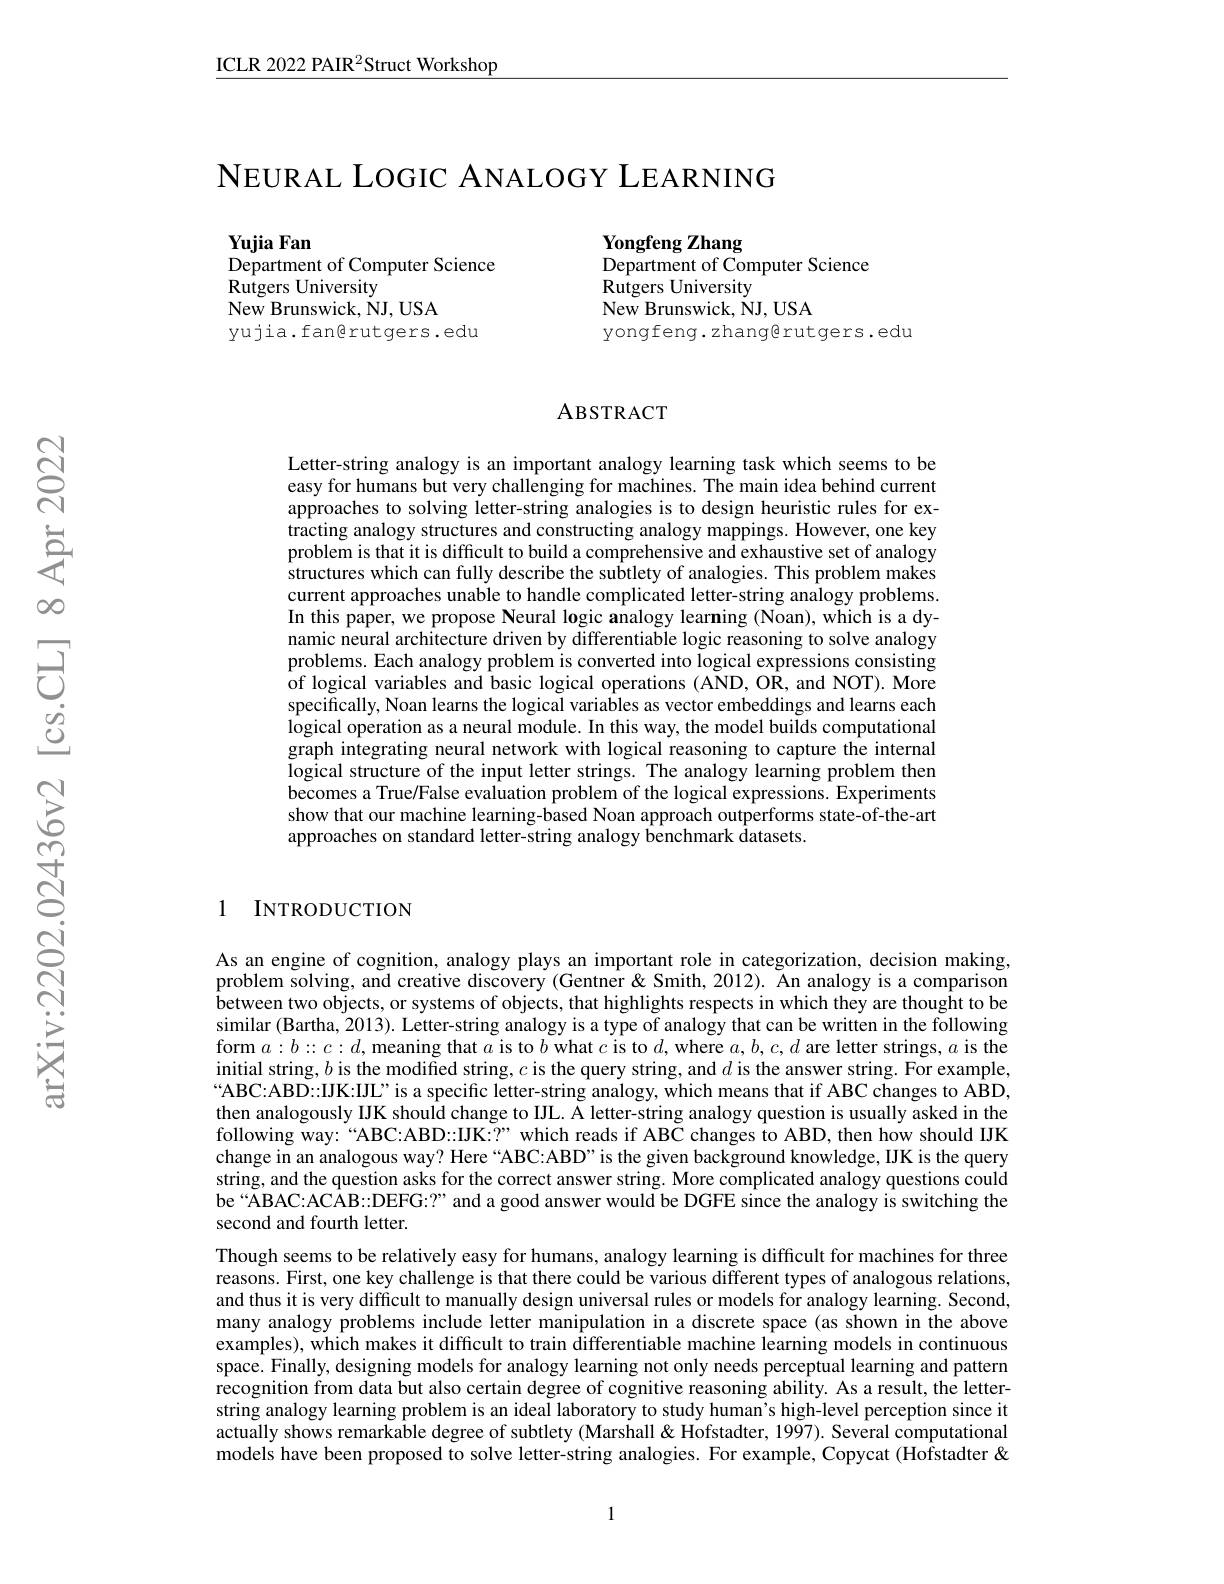
ICLR 2022 PAIR$^{2}$Struct Workshop

$\mathsf{N}$EURAL LOGIC ANALOGY LEARNING

Yujia Fan
Department of Computer Science

Yongfeng Zhang
Department of Computer Science
Rutgers University
New Brunswick, NJ, USA
yongfeng. zhangerutgers .edu

Rutgers University
New Brunswick, NJ, USA
yujia.fangrutgers.edu

# ABSTRACT

Letter-string analogy is an important analogy learning task which seems to be easy for humans but very challenging for machines. The main idea behind current approaches to solving letter-string analogies is to design heuristic rules for extracting analogy structures and constructing analogy mappings. However, one key problem is that it is difficult to build a comprehensive and exhaustive set of analogy structures which can fully describe the subtlety of analogies. This problem makes current approaches unable to handle complicated letter-string analogy problems. In this paper, we propose Neural logic analogy learning (Noan), which is a dynamic neural architecture driven by differentiable logic reasoning to solve analogy problems. Each analogy problem is converted into logical expressions consisting of logical variables and basic logical operations (AND, OR, and NOT). More specifically, Noan learns the logical variables as vector embeddings and learns each logical operation as a neural module. In this way, the model builds computational graph integrating neural network with logical reasoning to capture the internal logical structure of the input letter strings. The analogy learning problem then becomes a True/False evaluation problem of the logical expressions. Experiments show that our machine learning-based Noan approach outperforms state-of-the-art approaches on standard letter-string analogy benchmark datasets.

1 INTRODUCTION

As an engine of cognition, analogy plays an important role in categorization, decision making, problem solving, and creative discovery (Gentner & Smith, 2012). An analogy is a comparison between two objects, or systems of objects, that highlights respects in which they are thought to be similar (Bartha, 2013). Letter-string analogy is a type of analogy that can be written in the following form $a:b:c:d$,meaning that $a$ is to $b$ what $c$ is to $d$, where $a,b,c,d$ are letter strings, $a$ is the initial string, $b$ is the modified string, $c$ is the query string, and $d$ is the answer string. For example, “ABC:ABD:IJK:IJL”is a specific letter-string analogy, which means that if ABC changes to ABD, then analogously IJK should change to IJL. Š letter-string analogy question is usually asked in the following way:“ABC:ABD::IJK:?” which reads if ABC changes to ABD, then how should IJK change in an analogous way? Here “ABC:ABD”is the given background knowledge, IJK is the query string, and the question asks for the correct answer string. More complicated analogy questions could be“ABAC:ACAB::DEFG:?” and a good answer would be DGFE since the analogy is switching the second and fourth letter.
Though seems to be relatively easy for humans, analogy learning is difficult for machines for three reasons. First, one key challenge is that there could be various different types of analogous relations, and thus it is very difficult to manually design universal rules or models for analogy learning. Second, many analogy problems include letter manipulation in a discrete space (as shown in the above examples), which makes it difficult to train differentiable machine learning models in continuous space. Finally, designing models for analogy learning not only needs perceptual learning and pattern recognition from data but also certain degree of cognitive reasoning ability. As a result, the letterstring analogy learning problem is an ideal laboratory to study human's high-level perception since it actually shows remarkable degree of subtlety (Marshall& Hofstadter, 1997). Several computational models have been proposed to solve letter-string analogies. For example, Copycat (Hofstadter &

1